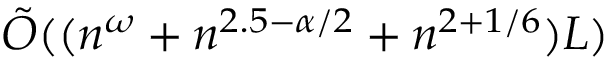
{ \tilde { O } } ( ( n ^ { \omega } + n ^ { 2 . 5 - \alpha / 2 } + n ^ { 2 + 1 / 6 } ) L )